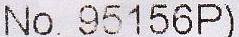
NO. 95156P)